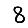
Digit: 8